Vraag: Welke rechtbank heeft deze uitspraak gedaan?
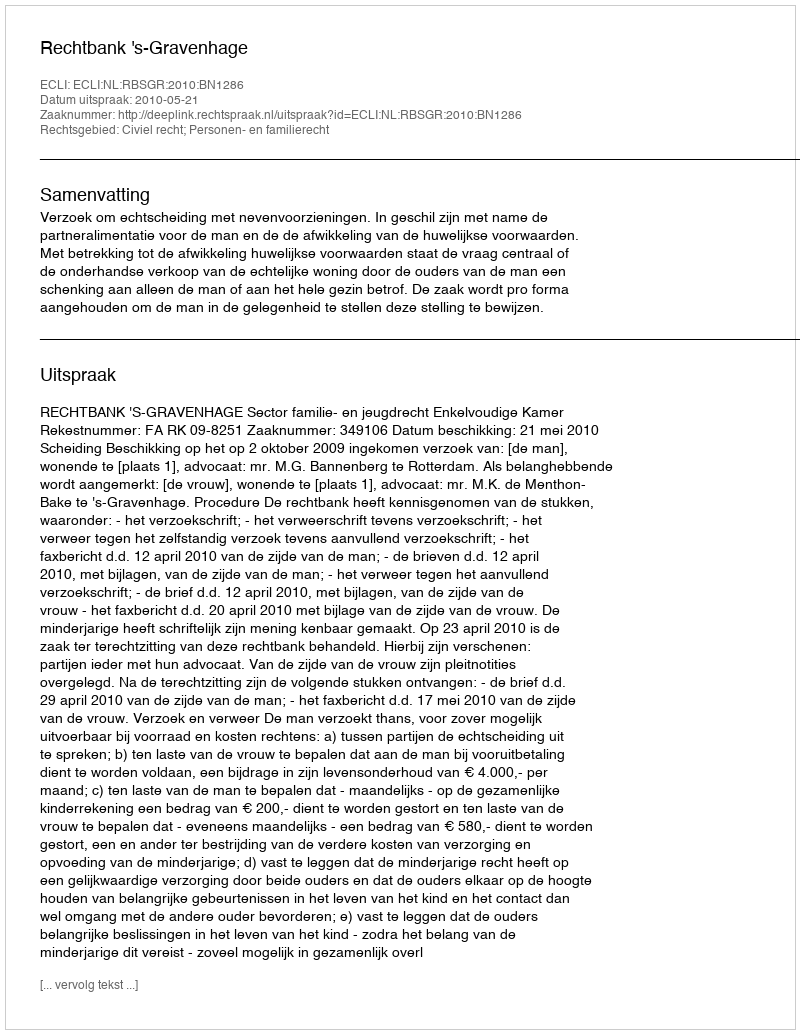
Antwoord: Rechtbank 's-Gravenhage